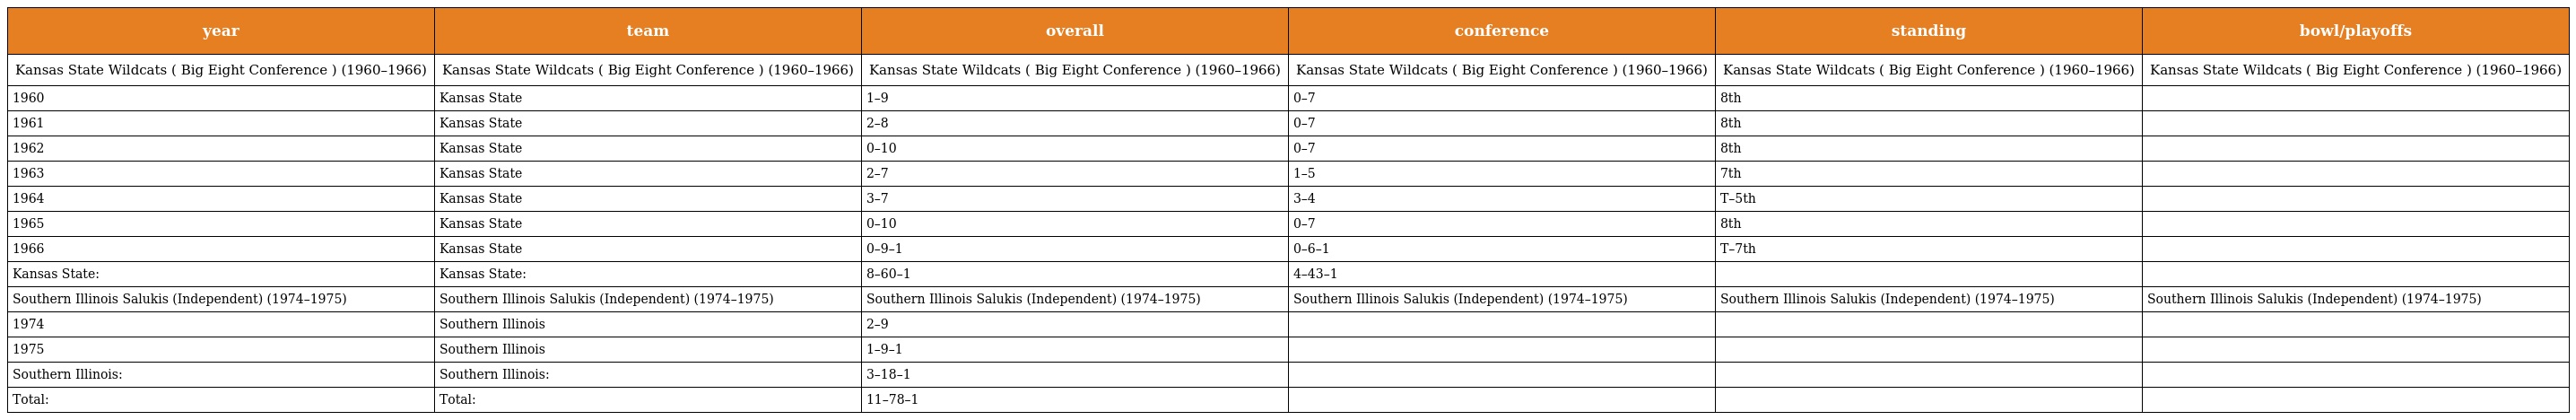
| year | team | overall | conference | standing | bowl/playoffs |
 | --- | --- | --- | --- | --- | --- |
 | Kansas State Wildcats ( Big Eight Conference ) (1960–1966) | Kansas State Wildcats ( Big Eight Conference ) (1960–1966) | Kansas State Wildcats ( Big Eight Conference ) (1960–1966) | Kansas State Wildcats ( Big Eight Conference ) (1960–1966) | Kansas State Wildcats ( Big Eight Conference ) (1960–1966) | Kansas State Wildcats ( Big Eight Conference ) (1960–1966) |
 | 1960 | Kansas State | 1–9 | 0–7 | 8th |  |
 | 1961 | Kansas State | 2–8 | 0–7 | 8th |  |
 | 1962 | Kansas State | 0–10 | 0–7 | 8th |  |
 | 1963 | Kansas State | 2–7 | 1–5 | 7th |  |
 | 1964 | Kansas State | 3–7 | 3–4 | T–5th |  |
 | 1965 | Kansas State | 0–10 | 0–7 | 8th |  |
 | 1966 | Kansas State | 0–9–1 | 0–6–1 | T–7th |  |
 | Kansas State: | Kansas State: | 8–60–1 | 4–43–1 |  |  |
 | Southern Illinois Salukis (Independent) (1974–1975) | Southern Illinois Salukis (Independent) (1974–1975) | Southern Illinois Salukis (Independent) (1974–1975) | Southern Illinois Salukis (Independent) (1974–1975) | Southern Illinois Salukis (Independent) (1974–1975) | Southern Illinois Salukis (Independent) (1974–1975) |
 | 1974 | Southern Illinois | 2–9 |  |  |  |
 | 1975 | Southern Illinois | 1–9–1 |  |  |  |
 | Southern Illinois: | Southern Illinois: | 3–18–1 |  |  |  |
 | Total: | Total: | 11–78–1 |  |  |  |